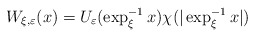
\begin{align*}W_{\xi,\varepsilon}(x)=U_{\varepsilon}(\exp_{\xi}^{-1}x)\chi(|\exp_{\xi}^{-1}x|)\end{align*}